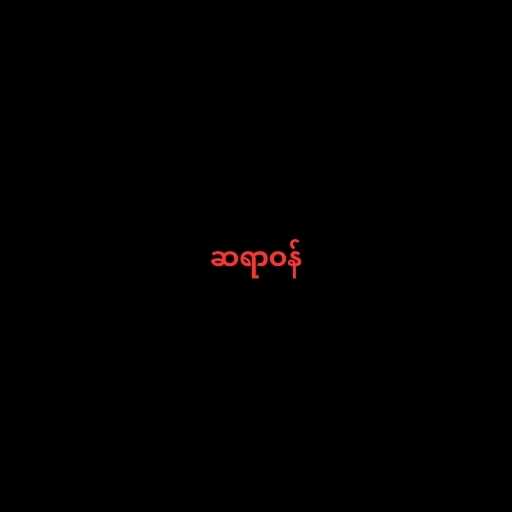
ဆရာဝန်